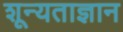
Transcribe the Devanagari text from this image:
शून्यताज्ञान